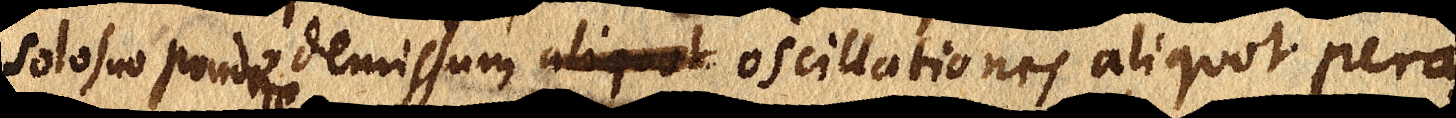
solo suo pondere demissum aliquot oscillationes aliquot pera